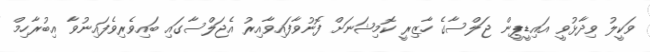
ވަކީލު ވިދާޅުވީ އައިޑީޕީން ޖަލްސާގެ ހާޒިރީ ކޮމިޝަނަށް ފޮނުވާފައިވާއިރު އެޖަލްސާގައި ބައިވެރިވެފައިނުވާ އިބުރާހިމް